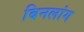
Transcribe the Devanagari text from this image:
बिनलांग